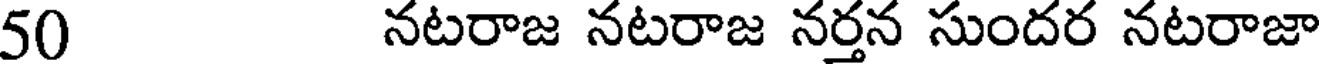
50 నటరాజ నటరాజ నర్తన సుందర నటరాజా